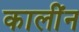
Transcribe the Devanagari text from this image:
कालींन